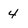
Character: 4